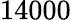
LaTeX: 14000